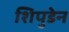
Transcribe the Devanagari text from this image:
शिपुडेन